Scottish Leaving Certificate Examination, 1960
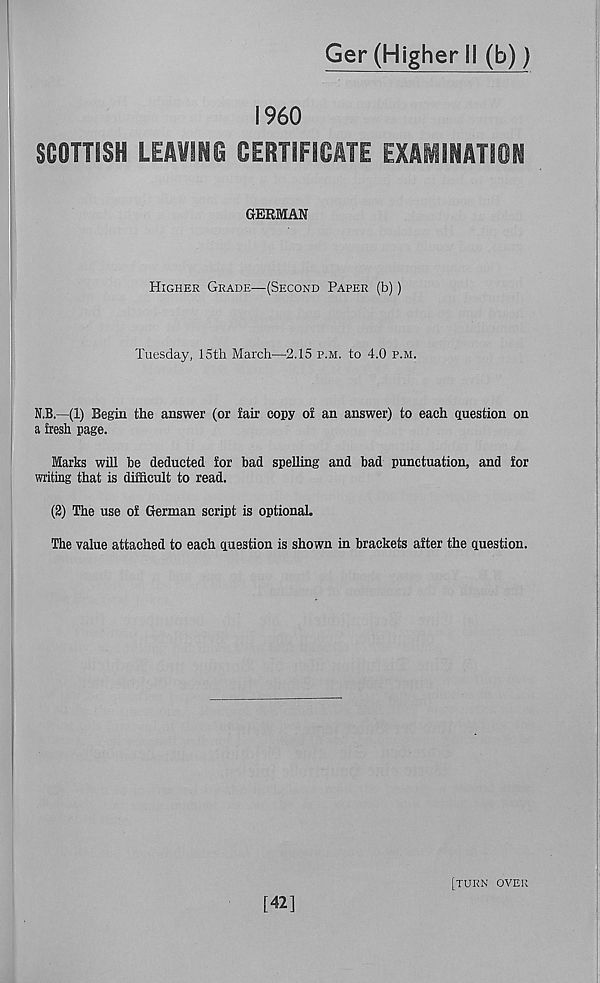
Ger (Higher II (b))
I960
SCOTTISH LEAVING OEHTIFIOATE EXA1INATION
GERMAN
Higher Grade—(Second Paper (b))
Tuesday, 15th March—2.15 p.m. to 4.0 p.m.
N.B.—(1) Begin the answer (or fair copy of an answer) to each question on
a fresh page.
Marks will be deducted for bad spelling and bad punctuation, and for
writing that is difficult to read.
(2) The use of German script is optional.
The value attached to each question is shown in brackets after the question.
[42]
[turn over